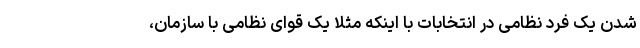
شدن یک فرد نظامی در انتخابات با اینکه مثلا یک قوای نظامی با سازمان،